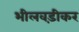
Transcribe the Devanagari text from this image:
भीलवड़ीकर